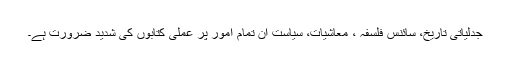
جدلیاتی تاریخ، سائنس فلسفہ ، معاشیات، سیاست ان تمام امور پر عملی کتابوں کی شدید ضرورت ہے۔